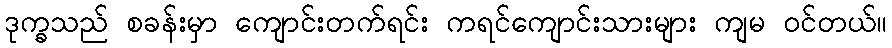
ဒုက္ခသည် စခန်းမှာ ကျောင်းတက်ရင်း ကရင်ကျောင်းသားများ ကျမ ဝင်တယ်။